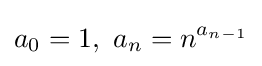
a_{0}=1,\ a_{n}=n^{a_{n-1}}